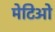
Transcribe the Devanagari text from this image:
मेटिओ